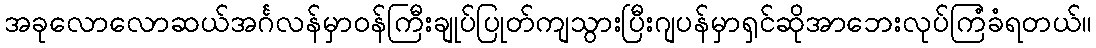
အခုလောလောဆယ်အင်္ဂလန်မှာဝန်ကြီးချုပ်ပြုတ်ကျသွားပြီးဂျပန်မှာရှင်ဆိုအာဘေးလုပ်ကြံခံရတယ်။